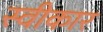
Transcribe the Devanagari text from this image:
स्वीकार